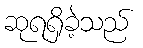
ဆုရရှိခဲ့သည်